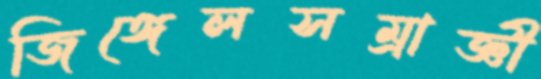
জিঙ্গেলসম্রাজ্ঞী